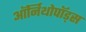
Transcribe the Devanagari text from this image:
ऑर्निथोपॉड्स